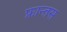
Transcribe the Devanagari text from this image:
फ्रान्तस